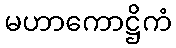
မဟာကောဋ္ဌိကံ